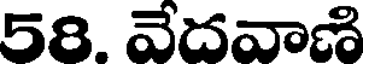
58. వేదవాణి